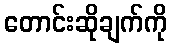
တောင်းဆိုချက်ကို